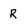
Character: R